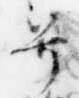
号